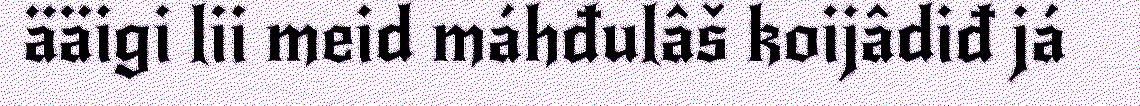
ääigi lii meid máhđulâš koijâdiđ já